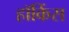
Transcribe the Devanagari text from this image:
हॉकिंस